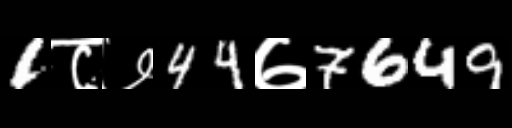
Text: 1८७44७7649